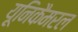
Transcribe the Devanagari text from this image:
यूनिकैमरल